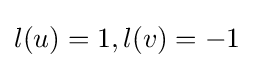
l(u)=1,l(v)=-1